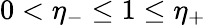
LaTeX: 0<\eta_{-}\leq 1\leq\eta_{+}